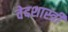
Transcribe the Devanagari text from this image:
वेदशास्त्री